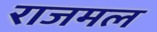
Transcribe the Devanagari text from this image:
राजमल